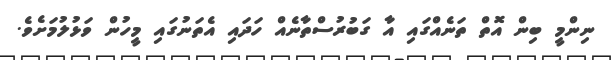
ނިންމީ ބިން އޮތް ތަނެއްގައި އާ ގަބުރުސްތާނެއް ހަދައި އެތަނުގައި މީހުން ވަޅުލުމަށެވެ.